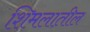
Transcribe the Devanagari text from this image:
शिमलातील